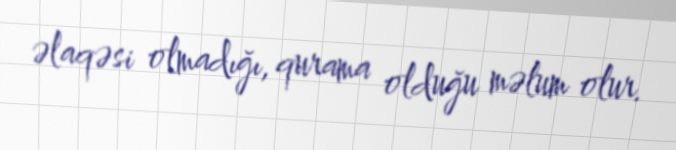
əlaqəsi olmadığı, qurama olduğu məlum olur.